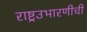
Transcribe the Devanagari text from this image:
राष्ट्रउभारणीची